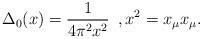
LaTeX: \begin{align*}\Delta_0(x) = \frac{1}{4 \pi^2 x^2} \,\,\, , x^2 = x_\mu x_\mu . \end{align*}